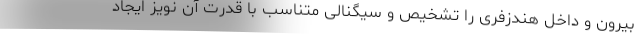
بیرون و داخل هندزفری را تشخیص و سیگنالی متناسب با قدرت آن نویز ایجاد